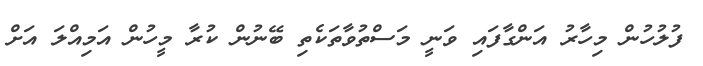
ފުލުހުން މިހާރު އަންގާފައި ވަނީ މަސްތުވާތަކެތި ބޭނުން ކުރާ މީހުން އަމިއްލަ އަށް